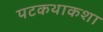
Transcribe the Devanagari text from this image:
पटकथाकशा